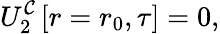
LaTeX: U_{2}^{\mathcal{C}}\left[r=r_{0},\tau\right]=0,